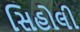
સિહોલી